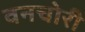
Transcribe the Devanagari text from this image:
वनचोरी